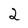
Character: 2